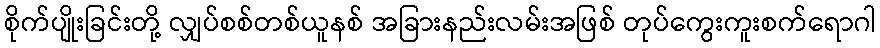
စိုက်ပျိုးခြင်းတို့ လျှပ်စစ်တစ်ယူနစ် အခြားနည်းလမ်းအဖြစ် တုပ်ကွေးကူးစက်ရောဂါ